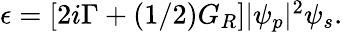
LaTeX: \begin{array}{r}{\epsilon=\left[2i\Gamma+(1/2)G_{R}\right]|\psi_{p}|^{2}\psi_{s}.}\end{array}